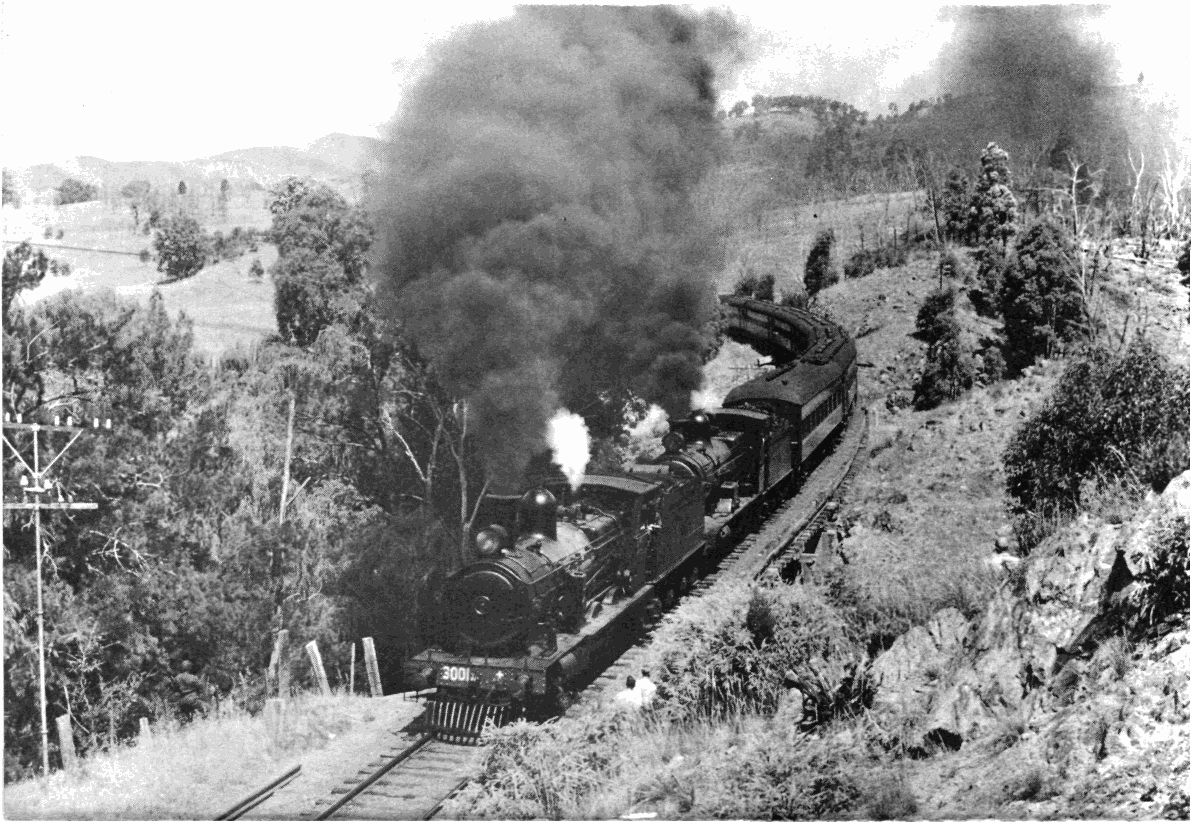
Ft*
 *
 *if,"
 - «• y
 •&sf.                  '•"**\Jfa>" ">**' •
 w
 -~W- j&h:                 "a
 ^ i.r '
 .                                        i&kzM